Report on the working of the Ranchi Indian Mental Hospital, Kanke, in Bihar and Orissa - 1930-1940
Year: 1930
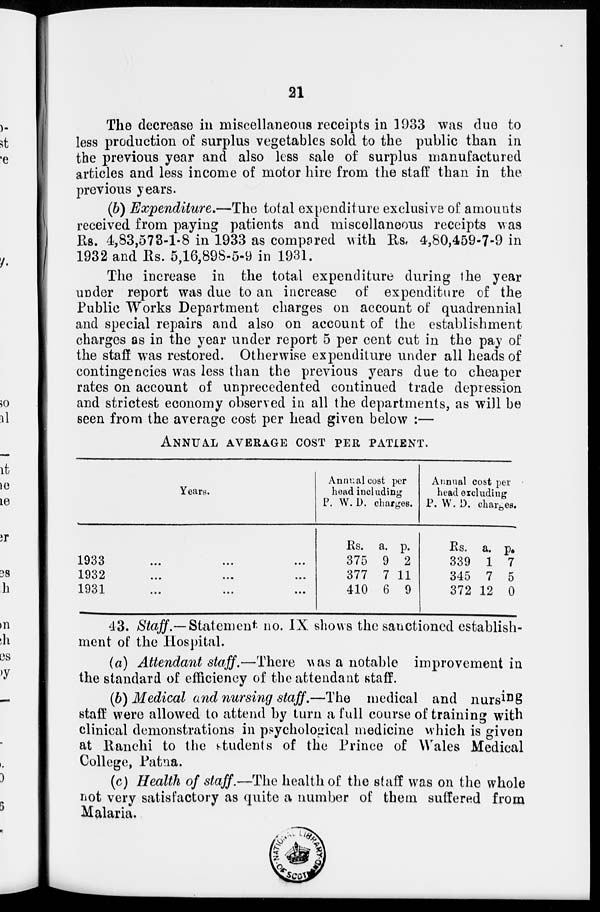
21
The decrease in miscellaneous receipts in 1933 was due to
less production of surplus vegetables sold to the public than in
the previous year and also less sale of surplus manufactured
articles and less income of motor hire from the staff than in the
previous years.
(b) Expenditure.—The total expenditure exclusive of amounts
received from paying patients and miscellaneous receipts was
Rs. 4,83,573-1-8 in 1933 as compared with Rs. 4,80,459-7-9 in
1932 and Rs. 5,16,898-5-9 in 1931.
The increase in the total expenditure during the year
under report was due to an increase of expenditure of the
Public Works Department charges on account of quadrennial
and special repairs and also on account of the establishment
charges as in the year under report 5 per cent cut in the pay of
the staff was restored. Otherwise expenditure under all heads of
contingencies was less than the previous years due to cheaper
rates on account of unprecedented continued trade depression
and strictest economy observed in all the departments, as will be
seen from the average cost per head given below :—
ANNUAL AVERAGE COST PER PATIENT.
Years.
1933 ... ... ...
1932 ... ... ...
1931 ... ... ...
Annual cost per
head including
P. W. D. charges.
Rs.
375
377
410
a.
9
7
6
p.
2
11
9
Annual cost per
head excluding
P. W. D. charges.
Rs.
339
345
372
a.
1
7
12
p.
7
5
0
43. Staff.—Statement no. IX shows the sanctioned establish-
ment of the Hospital.
(a) Attendant staff.—There was a notable improvement in
the standard of efficiency of the attendant staff.
(b) Medical and nursing staff.—The medical and nursing
staff were allowed to attend by turn a full course of training with
clinical demonstrations in psychological medicine which is given
at Ranchi to the students of the Prince of Wales Medical
College, Patna.
(c) Health of staff.—The health of the staff was on the whole
not very satisfactory as quite a number of them suffered from
Malaria.